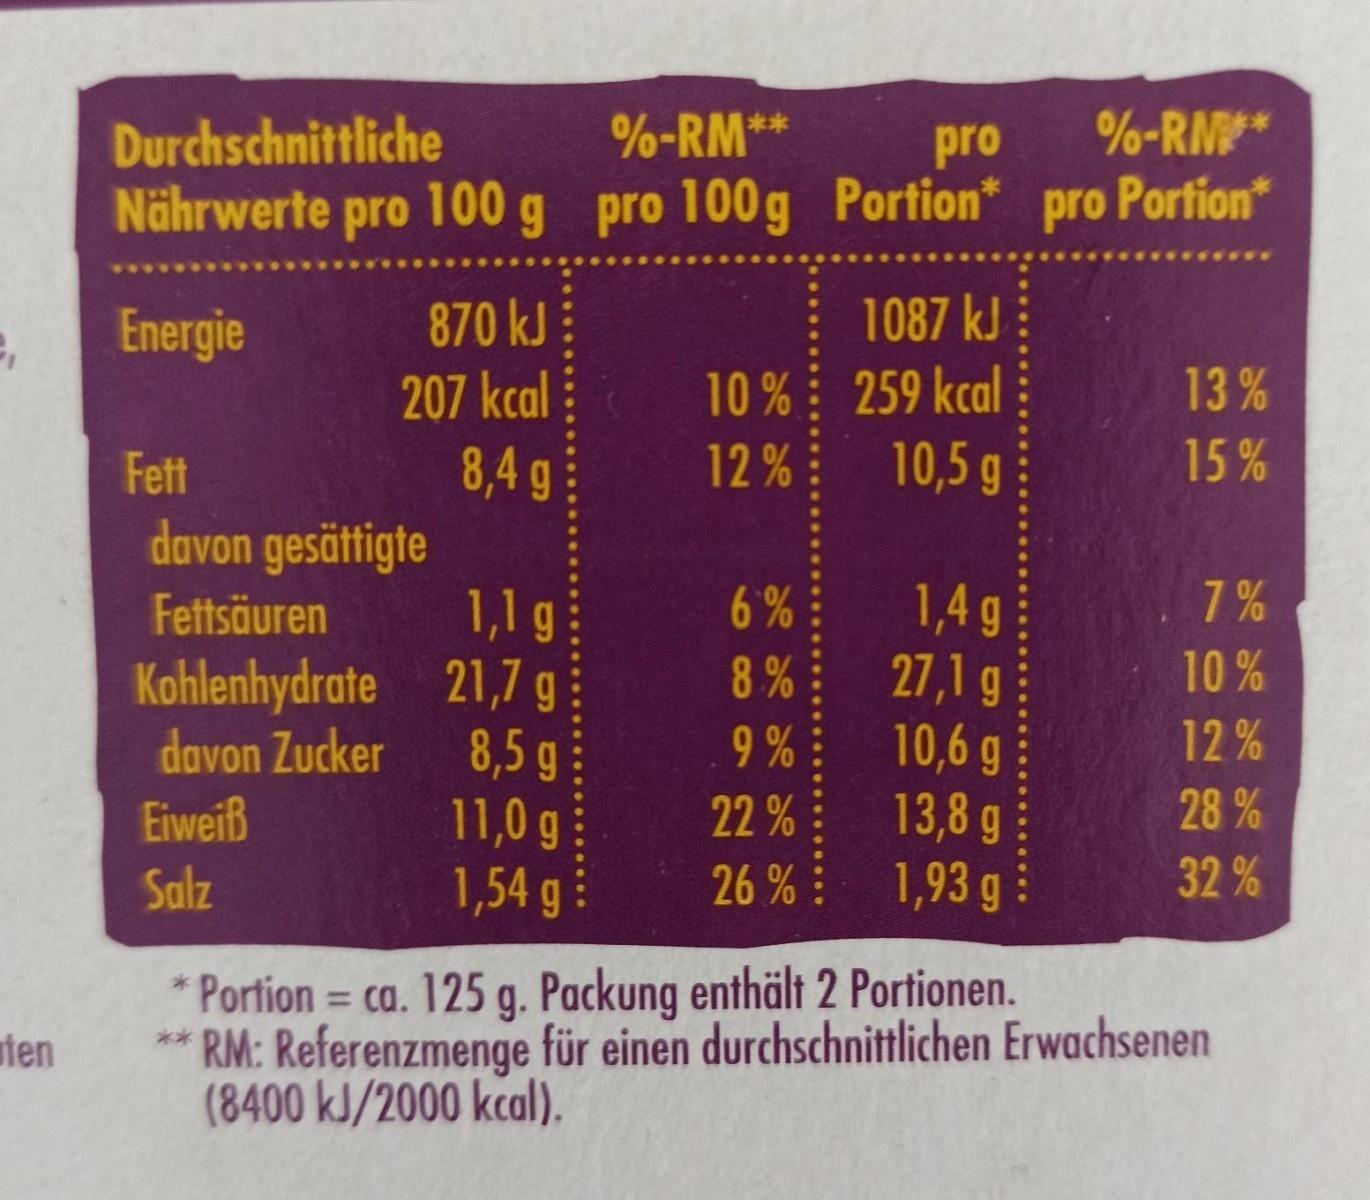
Durchschnittliche
%-RM**
pro
%-RM*
Nährwerte pro 100 g pro 100g Portion* pro Portion*
870 kJ 207 kcal 8,4 g davon gesättigte 1,1 g Kohlenhydrate 21,7 g 8,5 g 11,0 g 1,54 g
Energie
1087 kJ
10% 259 kcal 10,5 g
13%
Fett
12%
15%
1,4 g 27,1 g 10,6 g 13,8g 1,93g
Fettsäuren
6%
7 %
8%
10%
9%
12%
davon Zucker Eiweiß Salz
22%
28%
26 % :
32%
* Portion = ca. 125 g. Packung enthält 2 Portionen. *** RM: Referenzmenge für einen durchschnittlichen Erwachsenen (8400 kJ/2000 kcal).
%3D
uten